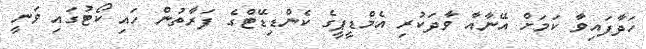
ހަދާފައިވާ ކަމަށް އޭނާއާ ވާދަކުރި އެމްޑީޕީގެ ކެންޑިޑޭޓްގެ ފަރާތުން ހައި ކޯޓުގައި ވަނީ